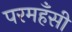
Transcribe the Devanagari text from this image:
परमहँसी